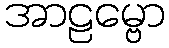
အာဠမ္ဗော